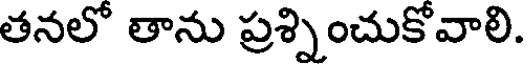
తనలో తాను ప్రశ్నించుకోవాలి.